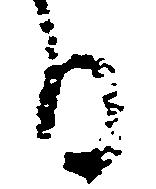
る